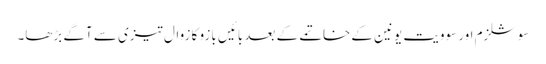
سوشلزم اور سوویت یونین کے خاتمے کے بعد بائیں بازو کا زوال تیزی سے آگے بڑھا۔